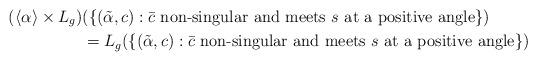
LaTeX: \begin{align*} (\langle \alpha \rangle \times L_g)&(\{(\tilde \alpha, c): \bar c \mbox{ non-singular and meets $s$ at a positive angle}\}) \\&= L_g(\{(\tilde \alpha, c): \bar c \mbox{ non-singular and meets $s$ at a positive angle}\}) \end{align*}